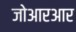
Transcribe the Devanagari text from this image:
जोआरआर